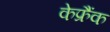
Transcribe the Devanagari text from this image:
केफ्रैंक